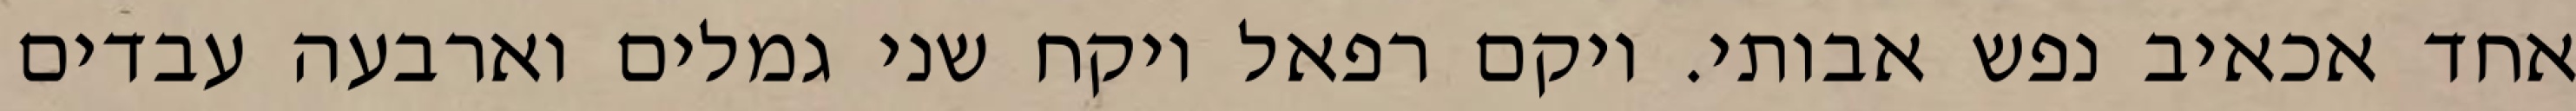
אחד אכאיב נפש אבותי. ויקם רפאל ויקח שני גמלים וארבעה עבדים